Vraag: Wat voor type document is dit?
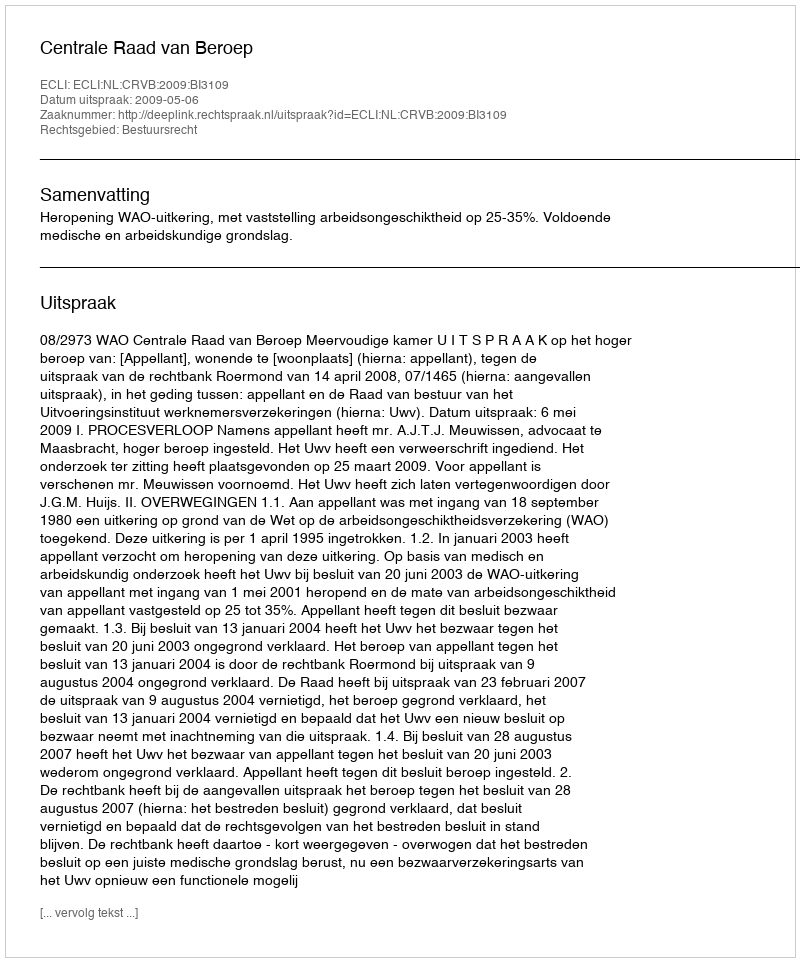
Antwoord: Uitspraak